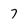
Character: 7